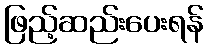
ဖြည့်ဆည်းပေးရန်